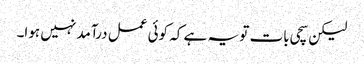
لیکن سچی بات تو یہ ہے کہ کوئی عمل درآمد نہیں ہوا۔